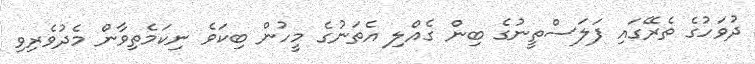
ދުވަހުގެ ތެރޭގައި ފަލަސްތީނުގެ ބިން ގެއްލި އެތަނުގެ މީހުން ބިކަވެ ނިކަމެތިވާން މެދުވެރިވި